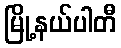
မြို့နယ်ပါတီ